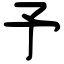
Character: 予